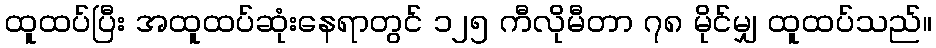
ထူထပ်ပြီး အထူထပ်ဆုံးနေရာတွင် ၁၂၅ ကီလိုမီတာ ၇၈ မိုင်မျှ ထူထပ်သည်။